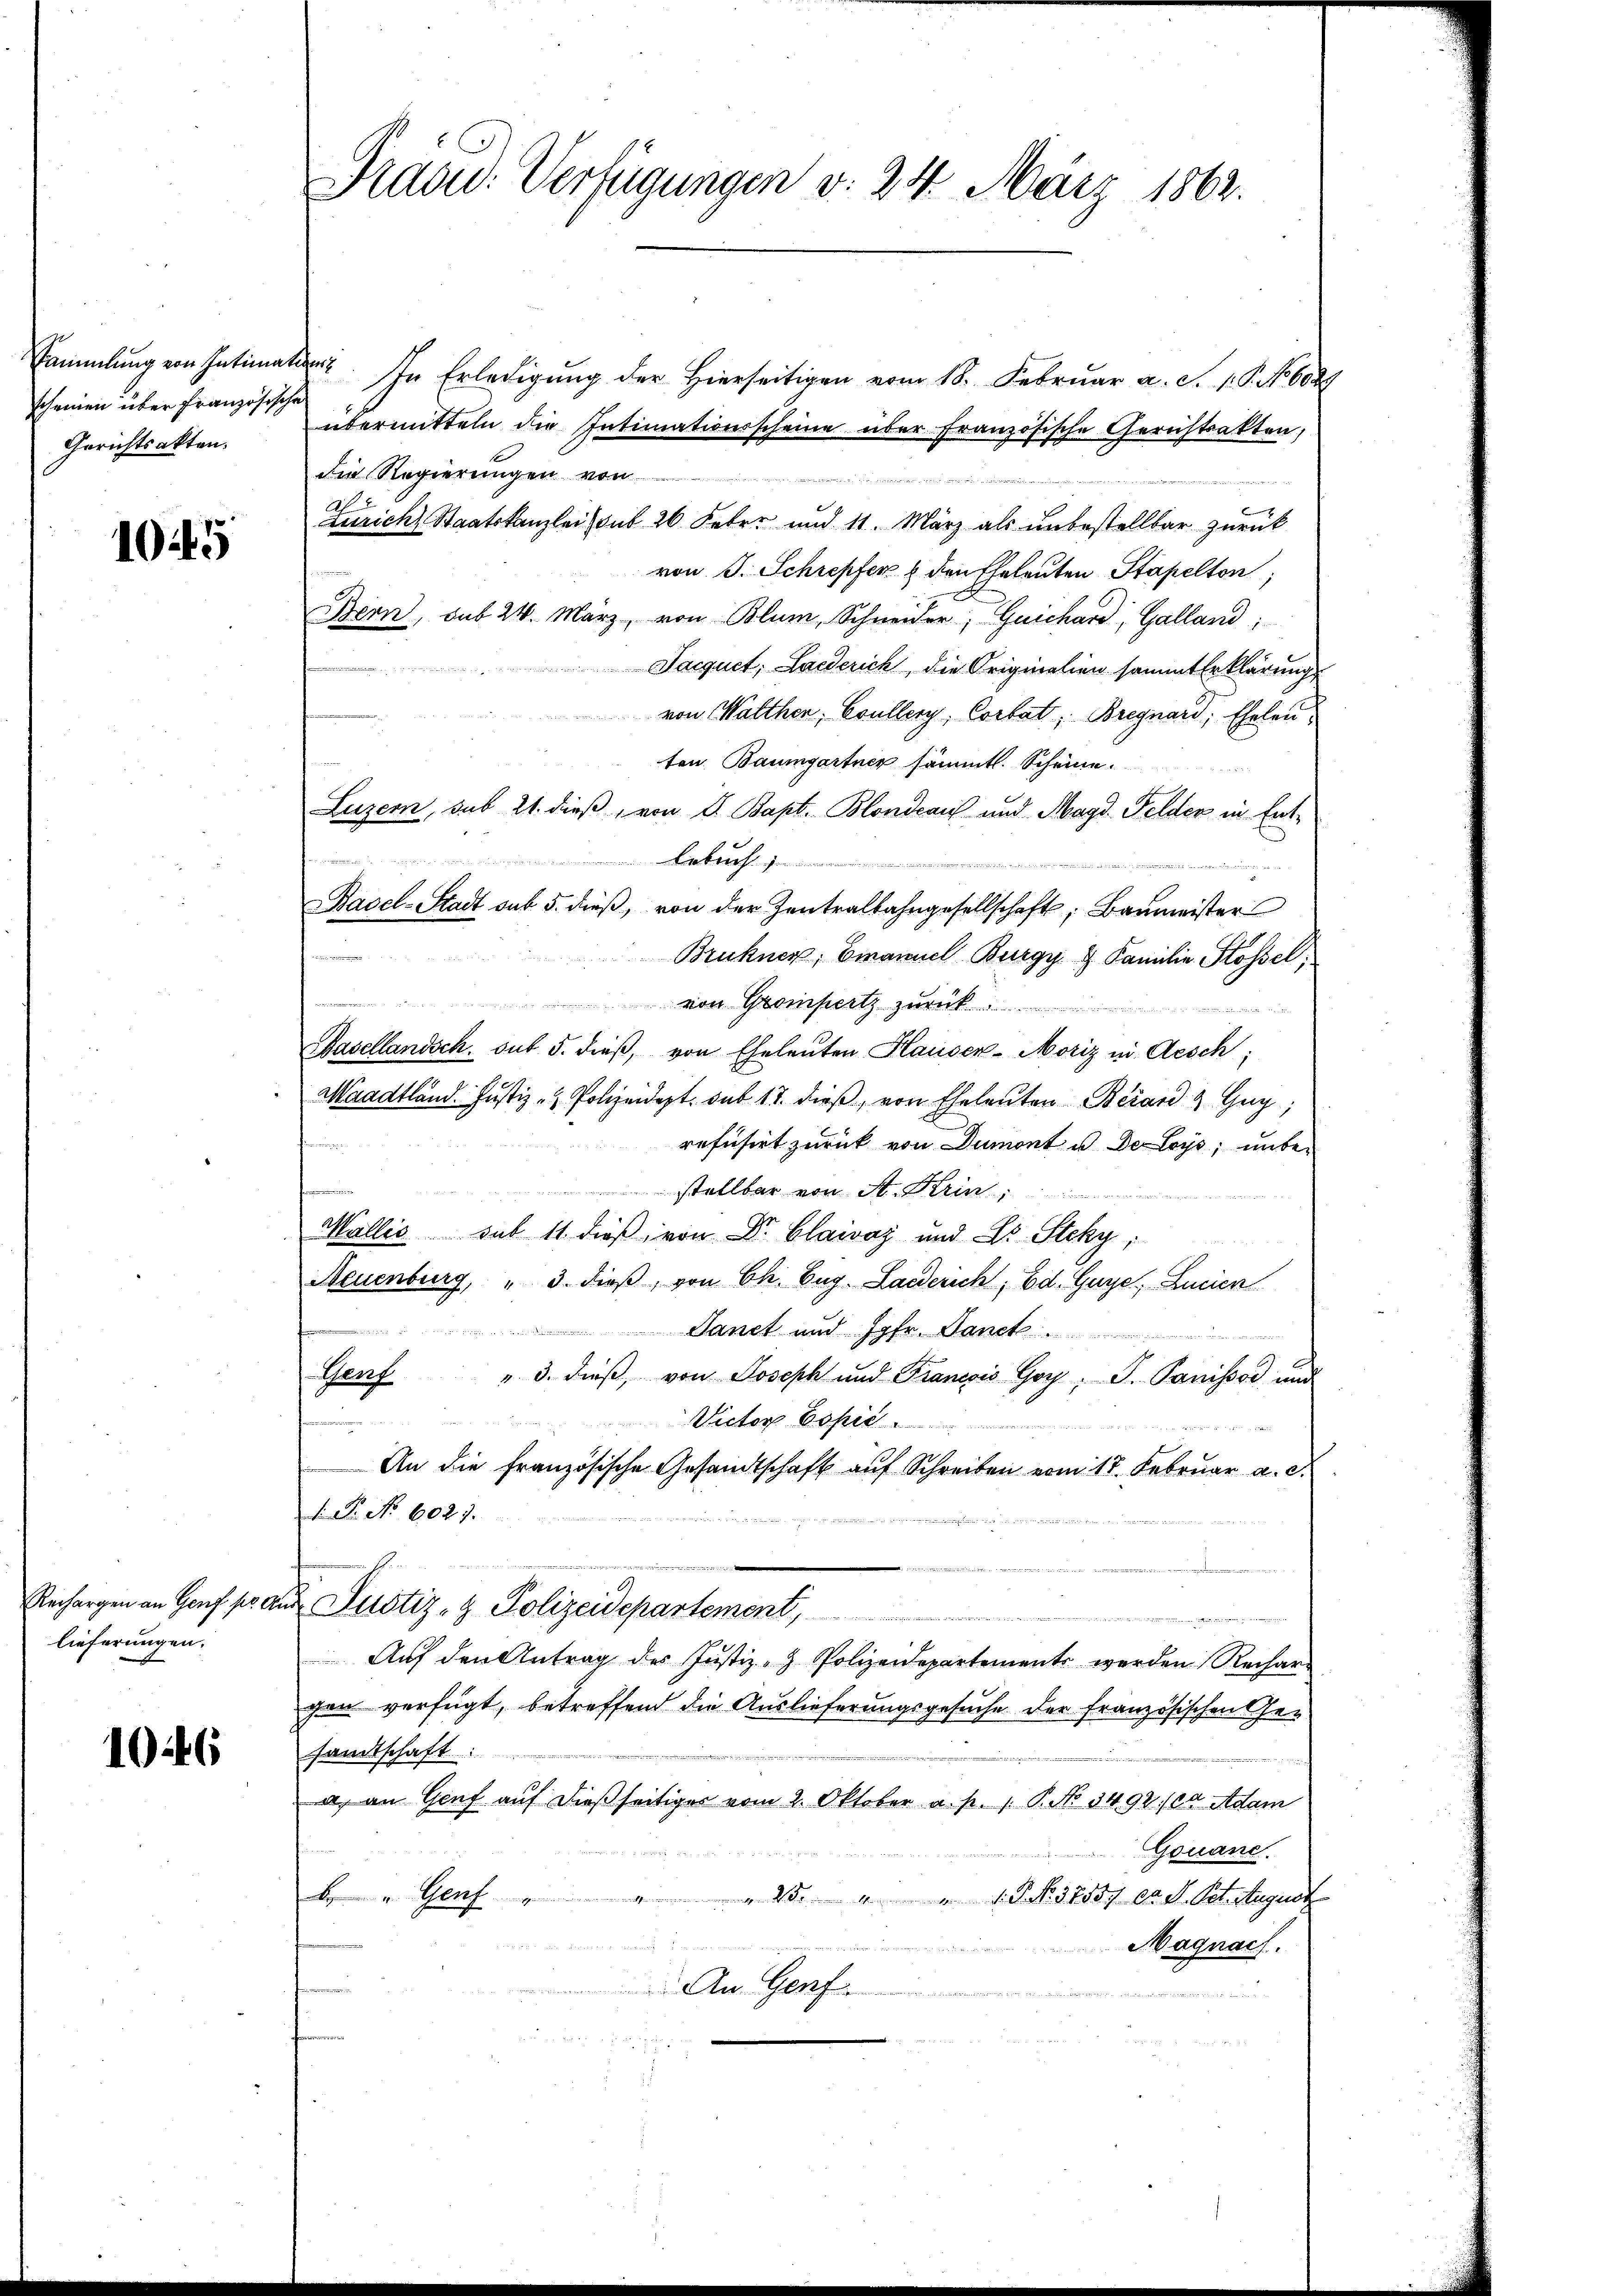
sammlung von Intimation
scheinen über französische
Gerichtsakten.

1045

Rechargen an Genf sr. An
lieferungen.

1046

Praud. Verfügungen d. 24. März 1862.

In Erledigung der Hierseitigen vom 18. Februar a. S. 1. P. No. 6029
übermitteln die Intimationsscheine über französische Gerichtsakten,
die Regierungen von
a
Zürich, Staatskanzlei (sub 26. Feber und 11. März als unbestellbar zurück
von J. Schrepfer 6 den Eheleuten Stapelton;
Bern, sub 24. März, von Blum, Schneider, Guichard, Galland:
ede
Sacquet, Laiderich, die Originalien sammt Erklärung
von Walther, Coullery, Cortat, Bregnard, Eheleuten Baumgartner sämmtl. Scheine.
Luzern, sub 21. dieß, von d. Bapt. Blondeaus und Magd. Felder in Ent¬

Lebuch
Basel-Stadt sub 5. dieß, von der Zentralbahngesellschaft, Baumeister
2
Brukner, Emanuel Burgy & Familie Stossel,
von Grompertz zurück
t
Hasellandsch. auf 5. dieß, von Eheleuten Hauser-Moriz in Aesch
Maadtland. Justiz- & Polizeidept. sub 17. dieß, von Eheleuten Berand & Gug;
refüsirt zurück von Dumont u de loys, unbe-
stellbar von A. Krin,
u
Wallis sub 11. dieß von Dr. Claivaz und L. Steky,
Neuenburg, " 3. dieß, von Ch. Eug. Landerich, Ed. Gaye, Lucien

Sanct und Jgfr. Danet
". 3. dieß, von Joseph und Francois Goy: P. Panissor und
Went

Victor Copie  ..  ..  ..
An die Französische Gesandtschaft auf Schreiben vom 17. Februar a. d.
 Dr. No. 6027.

 Justiz- & Polizeidepartement,
deen von der eine ich von sich genen
Aŭf den Antrag des Justiz- & Polizeidepartement werden Rechar
gen verfügt, betreffend die Auslieferungsgesuche der französischen Gesandtschaft
a an Genf auf dießseitiger vom 2. Oktober a. p. 1. P. No 3492/a Adam
Gouane
neerutschein
 25. 411. No. 37557 da. S. Tit. August
B. Genf
Magnach.

An Genf